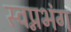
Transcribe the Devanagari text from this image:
स्वप्नभंग